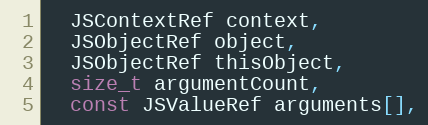
Language: C++
  JSContextRef context,
  JSObjectRef object,
  JSObjectRef thisObject,
  size_t argumentCount,
  const JSValueRef arguments[],